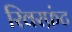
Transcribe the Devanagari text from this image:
रिवरफ्रंट